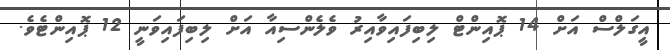
އީގަލްސް އަށް 14 ޕޮއިންޓް ލިބިފައިވާއިރު ވެލެންސިއާ އަށް ލިބިފައިވަނީ 12 ޕޮއިންޓެވެ.